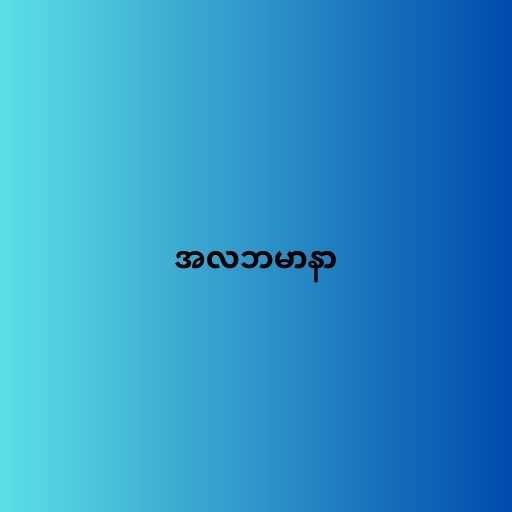
အလဘမာနာ